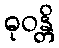
ဓုဝန္တိ